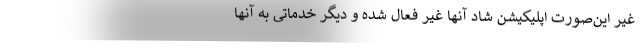
غیر این‌صورت اپلیکیشن شاد آنها غیر فعال شده و دیگر خدماتی به آنها